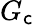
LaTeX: G_{\mathsf{c}}